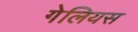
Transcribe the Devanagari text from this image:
गेलियस